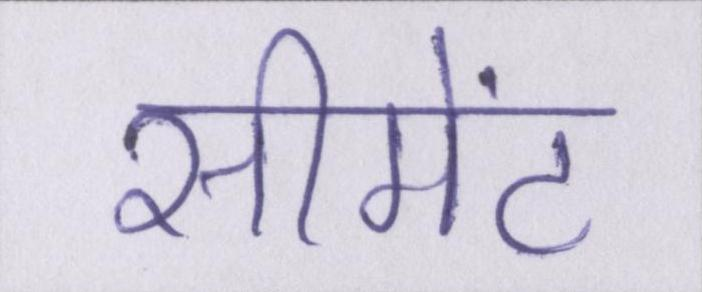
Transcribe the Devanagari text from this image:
सीमेंट